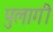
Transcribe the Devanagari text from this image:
पुलागी